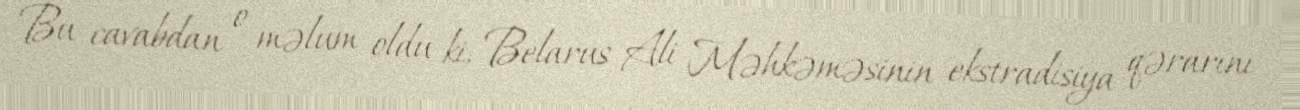
Bu cavabdan o məlum oldu ki, Belarus Ali Məhkəməsinin ekstradisiya qərarını